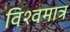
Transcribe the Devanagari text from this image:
विश्वमात्र